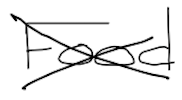
Text: Food
Cross-out: cross
Writing tool: digital_black